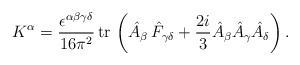
\begin{align*}K^\alpha =\frac{\epsilon ^{\alpha \beta \gamma \delta }}{16\pi ^2}\,{\rm tr\,}\left( \hat{A}_\beta \,\hat{F}_{\gamma \delta }+\frac{2i}3\hat{A}_\beta \hat{A}_\gamma \hat{A}_\delta \right) .\end{align*}